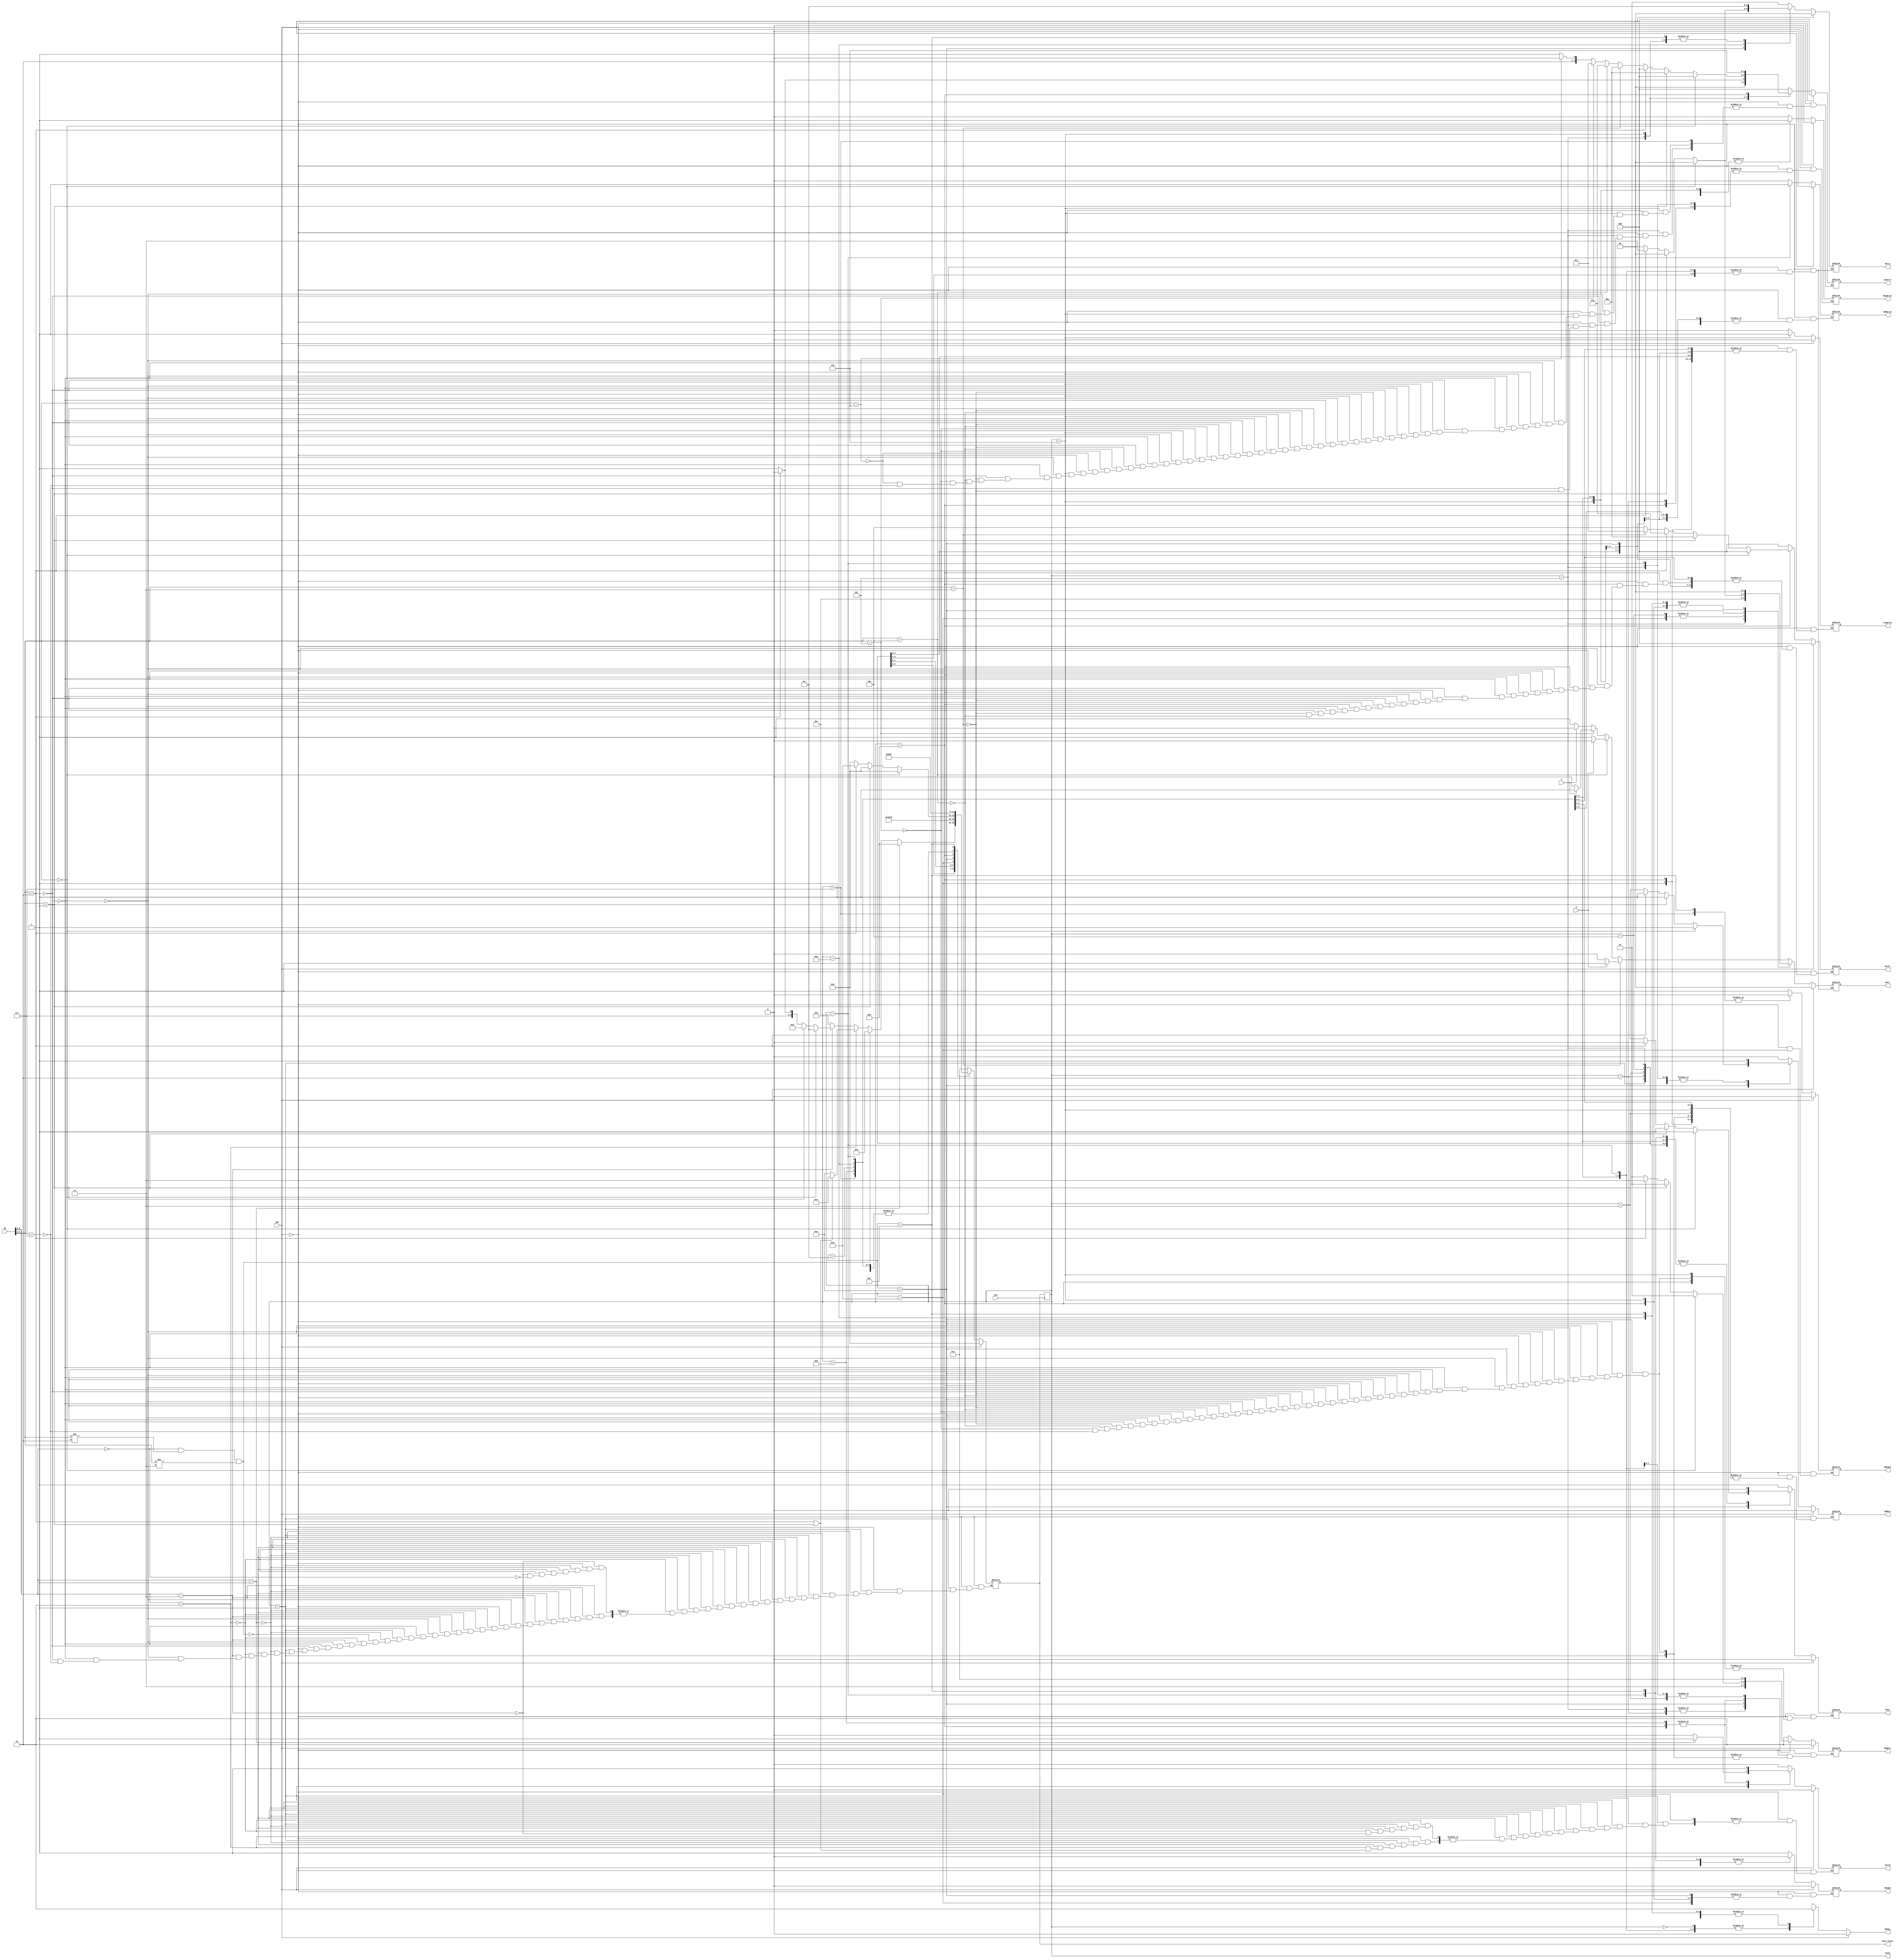
module control_unit(
	Shift,
	IDMWrite,
	IRegen,
	DRegen,
	IDMSrc,
	ASrc0,
	RegWrite,
	ASrc1,
	BSrc,
	PCen,
	ALUCtrl,
	RegSrc,
	RST,
	CLK,
	Z,
	C,
	Op,
	state, next_state,
	FlgWrite, RD2en
    );
	 
output	reg	[2:0]	Shift,ALUCtrl;
output	reg	[1:0]	RegSrc, BSrc, ASrc1;
output	reg	PCen,IDMSrc,IDMWrite,IRegen,DRegen,RegWrite,ASrc0, FlgWrite, RD2en;

input	[4:0]	Op;
input	CLK,RST;
input Z,C;

output reg	[3:0]	state, next_state;

//ALUOp Values:
// 00 -> addition
// 01 -> subtraction
// 10 -> Function (R-Type)
// 11 -> Op	(I-Type)


///////////////////////
//STATES///////////////
///////////////////////

	parameter S0 = 4'b0000; //Instruction Fetch
	parameter S1 = 4'b0001; //Instruction Decode
	parameter S2 = 4'b0010;
	parameter S3 = 4'b0011;
	parameter S4 = 4'b0100;
	parameter S5 = 4'b0101;
	parameter S6 = 4'b0110;
	parameter S7 = 4'b0111;
	parameter S8 = 4'b1000;
	parameter S9 = 4'b1001;  //Memory Write	
	parameter S10 = 4'b1010; //Register Write
	parameter S11 = 4'b1011;
	parameter S12 = 4'b1100;
	parameter S13 = 4'b1101;
	parameter S14 = 4'b1110;
	parameter S15 = 4'b1111;

initial
begin
		IDMSrc = 1'b0;
      ALUCtrl = 3'b000;
      BSrc = 2'b00;
      ASrc1 = 2'b00;
      RegWrite = 1'b0;
      IRegen = 1'b0;
		DRegen = 1'b0;
      RegSrc = 2'b10;
      IDMWrite = 1'b0;
      PCen = 1'b0;
      Shift = 3'b000;
      ASrc0 = 1'b0;
		FlgWrite = 1'b0;
		RD2en = 1'b0;
		state = 4'b1111;
		next_state = 4'b0000;
end
//Sequential Logic Synced to Clock

always @(posedge CLK)     
begin
	state <= next_state;
end


always @ (state or RST)
begin
	if(RST == 1'b1)
		begin
		next_state = S0;
		IDMSrc = 1'b0;
      ALUCtrl = 3'b000;
      BSrc = 2'b00;
      ASrc1 = 2'b00;
      RegWrite = 1'b0;
      IRegen = 1'b0;
		DRegen = 1'b0;
      RegSrc = 2'b10;
      IDMWrite = 1'b0;
      PCen = 1'b0;
      Shift = 3'b000;
      ASrc0 = 1'b0;
		FlgWrite = 1'b0;
		RD2en = 1'b0;
		end
	
	else
	begin
		
	case(state)
	
		//Instruction Fetch
		S0:
		begin 	
			//RST Controller Values
			ASrc1 = 2'b01;
			IDMWrite = 1'b0;
			RegWrite = 1'b0;
			PCen = 1'b1;
			IDMSrc = 1'b0;
			IRegen = 1'b1;
			DRegen = 1'b1;
			ALUCtrl = 3'b000;
			RegSrc = 2'b10;
			BSrc = 2'b01;
			ASrc0 = 1'b0;
			Shift = 3'b000;
			FlgWrite = 1'b0;
			RD2en = 1'b1;
			next_state = S1;
		end
		
		//Instruction Decode
		S1:
		begin
			RegWrite = 1'b0;
			RD2en = 1'b1;
			IRegen = 1'b0;
			DRegen = 1'b1;
			PCen = 1'b0;
			ASrc1 = 2'b01;
			BSrc = 2'b01;
			Shift = 3'b000;
			ALUCtrl = 3'b000;
			FlgWrite = 1'b0;
			//shift
			if(Op[4:3] == 2'b01)
				begin
					ASrc0 = 1'b1;
					next_state = S11;
				end
				
			//R-Type
			else if(Op[4:3] == 2'b00 && Op[2:0] != 3'b010 && Op[2:0] != 3'b011)
				begin
				ASrc0 = 1'b0;
					next_state = S6;
				end
			
			
			//Branch Type
			else if(Op[4:3] == 2'b10)
				begin
					if(Op[2:0] == 3'b010 || Op[2:0] == 3'b001)
						next_state = S4;
					else 
						begin
						ASrc0 = 1'b0;
						RegWrite = 1'b0;
						next_state = S10;
						end
				end
			
			//I-Type
			else if(Op[4:3] == 2'b11)
				begin
				ASrc0 = 1'b0;
					if(Op[2:0] == 3'b000) //loadimm
					begin
							next_state = S12;
					end
					
					else if(Op[2:0] == 3'b001)
					begin
							next_state = S2;
					end
					
					else if(Op[2:0] == 3'b010) //store
					begin
							next_state = S14;
					end
					
					else if(Op[2:0] == 3'b111) //	end
					begin
							next_state = S15;
					end

				end
				else if(Op[4:3] == 2'b00 ) //ADDI or SUBI
					begin
						next_state = S5;
					end
			end
		
		//load
		S2:
		begin
				RD2en = 1'b1;
				IRegen = 1'b0;
				DRegen = 1'b1;
				PCen = 1'b0;
				RegSrc = 2'b11;
				IDMSrc = 1'b1;
				ASrc0 = 1'b0;
				ALUCtrl = 3'b000;
				next_state = S3;
			
		end
			
		//load comp
		S3:
		begin
			RD2en = 1'b1;
			IRegen = 1'b0;
			DRegen = 1'b1;
			PCen = 1'b0;
			RegSrc= 2'b01;
			RegWrite=1'b1;
			ASrc0 = 1'b0;
			ALUCtrl = 3'b000;
			next_state= S0;
		end
		
		// BLI
		S4:
		begin
			RD2en = 1'b1;
			RegSrc = 2'b10;
			RegWrite = 1'b1;
			IDMSrc = 1'b1;
			PCen = 1'b0;
			IRegen = 1'b0;
			DRegen = 1'b1;
			ASrc0 = 1'b0;
			ASrc1 = 2'b01;
			BSrc = 2'b10;
			ALUCtrl = 3'b000;
			next_state = S10;
		end
		
		// ADDI SUBI
		S5:
		begin
			RD2en = 1'b1;
		   RegSrc = 2'b11;
			IDMSrc = 1'b1;
			PCen = 1'b0;
			IRegen = 1'b0;
			DRegen = 1'b1;
			ASrc0 = 1'b0;
			ASrc1 = 2'b00;
			BSrc = 2'b11;
			
			//ADD ind	
			if(Op[2:0] == 3'b010)
             ALUCtrl = 3'b000;
			
			//SUB ind
			else if(Op[2:0] == 3'b011)
             ALUCtrl = 3'b001;
			next_state = S7;
		end
			
		//Execution: R-Type
		S6:
		begin    
			RD2en = 1'b1;
		   DRegen = 1'b1;
			ASrc0 = 1'b0;
			ASrc1 = 2'b00;
		   BSrc = 2'b00;
			RegSrc = 2'b10;
			RegWrite = 1'b1;
			FlgWrite = 1'b1;
		   next_state = S0;
			
			//add
			if(Op[2:0] == 3'b000)
				ALUCtrl = 3'b000;
			
			//sub
			else if(Op[2:0] == 3'b001)
				ALUCtrl = 3'b001;
				
			//ADD ind	
			else if(Op[2:0] == 3'b010)
             ALUCtrl = 3'b000;
			
			//SUB ind
			else if(Op[2:0] == 3'b011)
             ALUCtrl = 3'b001;
			
			//and
			else if(Op[2:0] == 3'b100)
             ALUCtrl = 3'b010;
			
			//or
			else if(Op[2:0] == 3'b101)
             ALUCtrl = 3'b011;
			
			//XOR
			else if(Op[2:0] == 3'b110)
             ALUCtrl = 3'b100;
			
			//clear
			else if(Op[2:0] == 3'b111)
             ALUCtrl = 3'b101;
		end
	
		//R-Type Completion
		S7:
			begin
			RD2en = 1'b1;
			IRegen = 1'b0;
			DRegen = 1'b0;
			PCen = 1'b0;
			RegSrc = 2'b10;
			RegWrite = 1'b1;
			ASrc0 = 1'b0;
			next_state = S0;
			end
		
		//shift comp
		S8:
		begin
			RD2en = 1'b1;
			IRegen = 1'b0;
			DRegen = 1'b1;
			PCen = 1'b0;
			RegSrc = 2'b00;
			RegWrite = 1'b1;
			ASrc0 = 1'b1;
			ALUCtrl = 3'b000;
			next_state = S0;
		end

		//I-Type Completion
		S9:
		begin	
			RD2en = 1'b0;
			ASrc1 = 2'b01;
			BSrc = 2'b10;
			ALUCtrl = 3'b000;
			RegSrc = 2'b10;
			RegWrite = 1'b1;
			PCen = 1'b0;
			next_state = S13;
		end
	
		//Write Back - I-Type
		S10:
		begin
			RD2en = 1'b0;
			RegWrite=1'b0;
			DRegen = 1'b1;
			ASrc1 = 2'b00;
			BSrc = 2'b00;
			ASrc0 = 1'b0;
			ALUCtrl = 3'b000;
			next_state = S0;
			
			//B
			if(Op[2:0] == 3'b000)
				begin
				PCen = 1'b1;
				RegSrc = 2'b01;
				IDMSrc = 1'b1;
				end
				
			//Bwlink
			else if(Op[2:0] == 3'b001)
				begin
				PCen = 1'b1;
				RegSrc = 2'b01;
				IDMSrc = 1'b1;
				end
			
			//Bindwlink
			else if(Op[2:0] == 3'b010)
				begin
				PCen = 1'b0;
				RegSrc = 2'b11;
				IDMSrc = 1'b1;
				DRegen = 1'b1;
				ASrc1 = 2'b11;
				BSrc = 2'b11;
				next_state = S9;
				end
			
			//BifZ
			else if(Op[2:0] == 3'b011)
				begin
					if(Z==0)
						begin
						PCen = 1'b0;
						RegSrc = 2'b01;
						IDMSrc = 1'b0;
						end
					else
						begin
						PCen = 1'b1;
						RegSrc = 2'b01;
						IDMSrc = 1'b1;
						end
					
				end
			
			//BifnotZ
			else if(Op[2:0] == 3'b100)
				begin
				if(Z==1)
						begin
						PCen = 1'b0;
						RegSrc = 2'b01;
						IDMSrc = 1'b0;
						end
					else
						begin
						PCen = 1'b1;
						RegSrc = 2'b01;
						IDMSrc = 1'b1;
						end
				end
		    
		    //Bif C
			else if(Op[2:0] == 3'b101)
				begin
				if(C==0)
						begin
						PCen = 1'b0;
						RegSrc = 2'b01;
						IDMSrc = 1'b0;
						end
					else
						begin
						PCen = 1'b1;
						RegSrc = 2'b01;
						IDMSrc = 1'b1;
						end
				end
			
			//Bif not C
			else if(Op[2:0] == 3'b111)
				begin
				if(C==1)
						begin
						PCen = 1'b0;
						RegSrc = 2'b01;
						IDMSrc = 1'b0;
						end
					else
						begin
						PCen = 1'b1;
						RegSrc = 2'b01;
						IDMSrc = 1'b1;
						end
				end
		end
			
		//shift
		S11:
		begin    
			RD2en = 1'b1;
	   	DRegen = 1'b1;
	    	ASrc1 =2'b00;
		   BSrc = 2'b00;
		   ASrc0 = 1'b1;
			RegSrc = 2'b00;
			ALUCtrl = 3'b110;
		   next_state = S8;
			
			//rl
			if(Op[2:0] == 3'b000) 
			begin
				Shift = 3'b000;
			end
			
			//rr
			else if(Op[2:0] == 3'b001)
			begin
				Shift = 3'b001;
			end
			
			//sl	
			else if(Op[2:0] == 3'b010)
			begin
             Shift = 3'b010;
			end
			
			//asr
			else if(Op[2:0] == 3'b011)
			begin
             Shift = 3'b011;
			end
			
			//lsr
			else if(Op[2:0] == 3'b100)
			begin
             Shift = 3'b100;
			end
			
		end
		
		S12:
		begin
			RD2en = 1'b1;
			IRegen = 1'b0;
			DRegen = 1'b1;
			PCen = 1'b0;
			RegSrc = 2'b01;
			RegWrite = 1'b1;
			ALUCtrl = 3'b000;
			ASrc0 = 1'b0;
			next_state = S0;
		end
		
		S13:
		begin
			RD2en = 1'b0;
			BSrc = 2'b00;
			ASrc1 = 2'b11;	
			RegSrc = 2'b10;
			IRegen = 1'b0;
			DRegen = 1'b1;
			PCen = 1'b1;
			RegWrite = 1'b0;
			ASrc0 = 1'b0;
			ALUCtrl = 3'b000;
			next_state = S0;
		end
		
		S14:
		begin
			RD2en = 1'b1;
			IRegen = 1'b0;
			DRegen = 1'b1;
			PCen = 1'b0;
			IDMSrc = 1'b1;
			RegSrc = 2'b01;
         IDMWrite= 1'b1;
			ALUCtrl = 3'b000;
			ASrc0 = 1'b0;
			next_state = S0;
		end
		
		S15:
		begin
		   IDMSrc = 1'b0;
			ALUCtrl = 3'b000;
			BSrc = 2'b00;
			ASrc1 = 2'b00;
			RegWrite = 1'b0;
			IRegen = 1'b0;
			DRegen = 1'b0;
			RegSrc = 2'b10;
			IDMWrite = 1'b0;
			PCen = 1'b0;
			Shift = 3'b000;
			ASrc0 = 1'b0;
			FlgWrite = 1'b0;
			RD2en = 1'b0;
			next_state = S15;
		end
			
	endcase
	end
end

endmodule